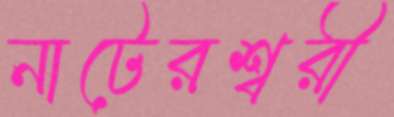
নাটেরশ্বরী